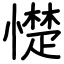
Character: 憷